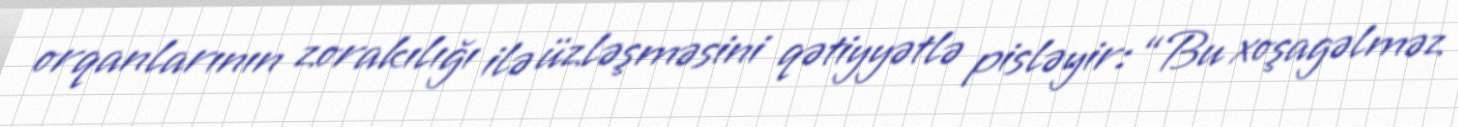
orqanlarının zorakılığı ilə üzləşməsini qətiyyətlə pisləyir: “Bu xoşagəlməz